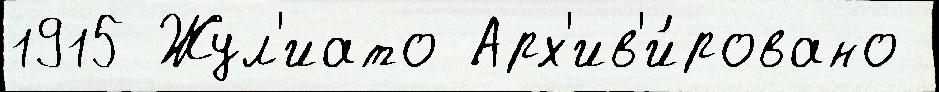
1915 Жул'иато Арх'ив'и́ровано